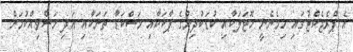
އެ ޕްރެޖެކްޓުގައި ހިމެނެނީ ހޮޓަލަކާއި ކުޑަކުދިންގެ ޕާކަކާއި މަސްކަޑާ ތަނަކާއި އަދި މަސްވިއްކުމަށް